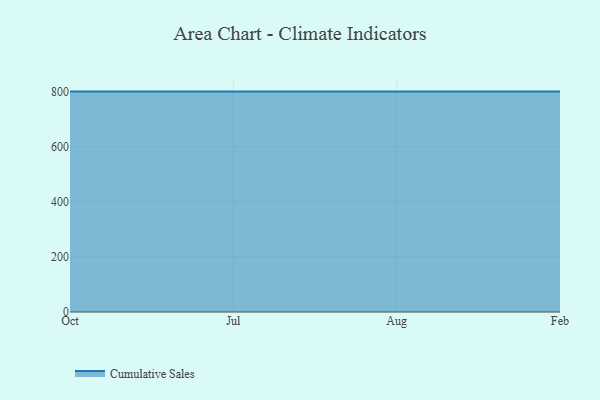
{"axis": {"x": "Month", "y": "Inventory Turnover"}, "legend": ["Cumulative Sales"], "data": [{"x": "Oct", "y": 800, "type": "Cumulative Sales"}, {"x": "Jul", "y": 800, "type": "Cumulative Sales"}, {"x": "Aug", "y": 800, "type": "Cumulative Sales"}, {"x": "Feb", "y": 800, "type": "Cumulative Sales"}]}